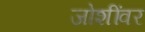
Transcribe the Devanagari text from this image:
जोशींवर